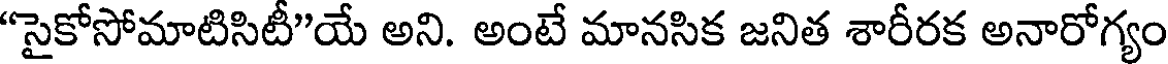
"సైకోసోమాటిసిటీ"యే అని. అంటే మానసిక జనిత శారీరక అనారోగ్యం